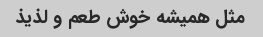
مثل همیشه خوش طعم و لذیذ